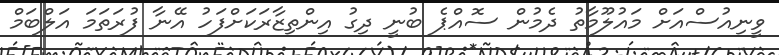
ވީނިއުސްއަށް މައުލޫމާތު ދެމުން ސޮއްޕެ ބުނީ ދިގު އިންތިޒާރަކަށްފަހު އޭނާ ފުރަތަމަ އަލްބަމް